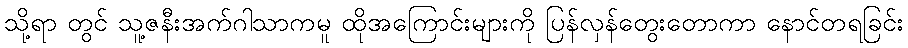
သို့ရာ တွင် သူ့ဇနီးအက်ဂါသာကမူ ထိုအကြောင်းများကို ပြန်လှန်တွေးတောကာ နောင်တရခြင်း